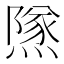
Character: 𨼾